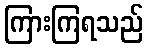
ကြားကြရသည်